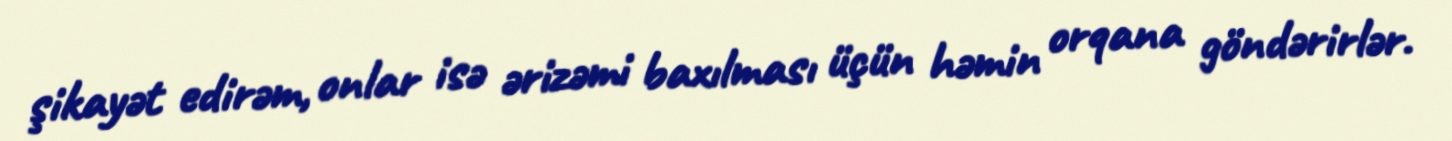
şikayət edirəm, onlar isə ərizəmi baxılması üçün həmin orqana göndərirlər.